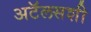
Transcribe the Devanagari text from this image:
अटॅलसशी